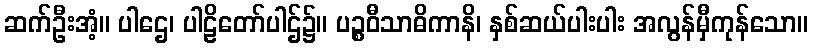
ဆက်ဦးအံ့။ ပါဌေ၊ ပါဠိတော်ပါဌ်၌။ ပဉ္စဝီသာဓိကာနိ၊ နှစ်ဆယ်ပါးပါး အလွန်မှီကုန်သော။